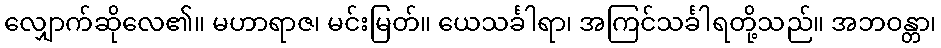
လျှောက်ဆိုလေ၏။ မဟာရာဇ၊ မင်းမြတ်။ ယေသင်္ခါရာ၊ အကြင်သင်္ခါရတို့သည်။ အဘဝန္တာ၊